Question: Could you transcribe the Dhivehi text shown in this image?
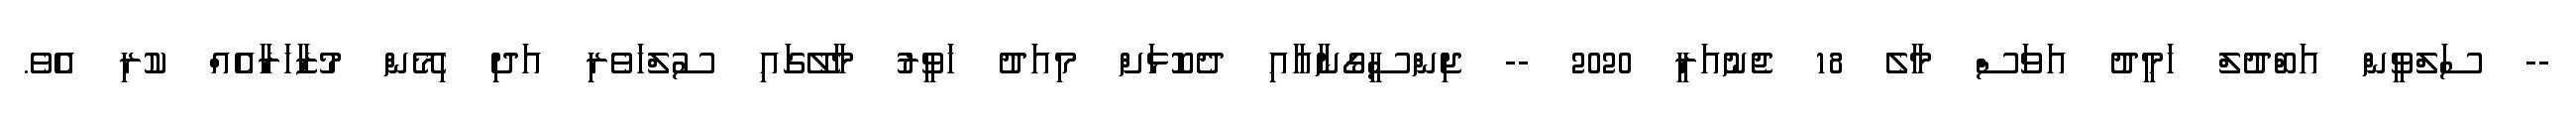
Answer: -- ސަލްވީން އަބްދުލް ހަމީދު އަވަސް މާލެ 18 ޖެނުއަރީ 2020 -- ޖިންސީގޯނާއާއި ދެކޮޅަށް މިއަދު ހަވީރު މާލޭގައި ސުލްހަވެރި އަދި ހިމޭން މުޒާހަރާއެއް ކުރި އެވެ.